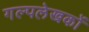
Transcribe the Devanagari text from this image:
गल्पलेखकों